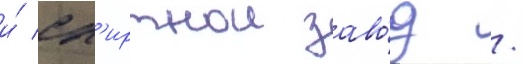
и́ сп'иртнои заво́д /